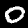
Label: 0